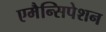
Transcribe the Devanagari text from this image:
एमैन्सिपेशन